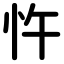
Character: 忤